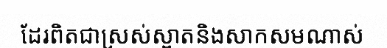
ដែរពិតជាស្រស់ស្អាតនិងសាកសមណាស់